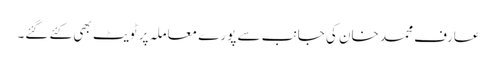
عارف محمد خان کی جانب سے پورے معاملہ پر ٹویٹ بھی کئے گئے۔